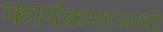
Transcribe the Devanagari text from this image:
कार्यक्रमाआधी